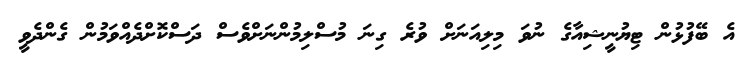
އެ ބޭފުޅުން ޓިޔުނީޝިއާގެ ނުވަ މިލިއަނަށް ވުރެ ގިނަ މުސްލިމުންނަށްވެސް ދަސްކޮށްދެއްވަމުން ގެންދެވީ